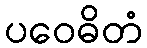
ပဝေဓိတံ